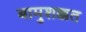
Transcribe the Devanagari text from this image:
बामुशक्कत